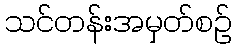
သင်တန်းအမှတ်စဉ်